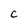
Character: c